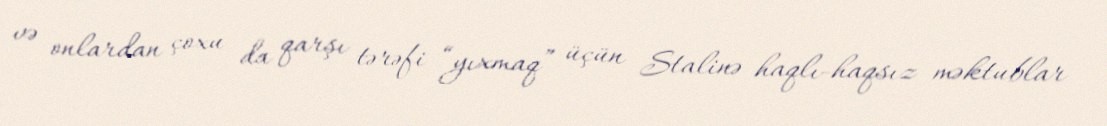
və onlardan çoxu da qarşı tərəfi “yıxmaq” üçün Stalinə haqlı-haqsız məktublar